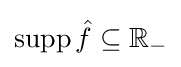
\mathop {\rm {supp}} {\hat {f}}\subseteq \mathbb {R} _{-}